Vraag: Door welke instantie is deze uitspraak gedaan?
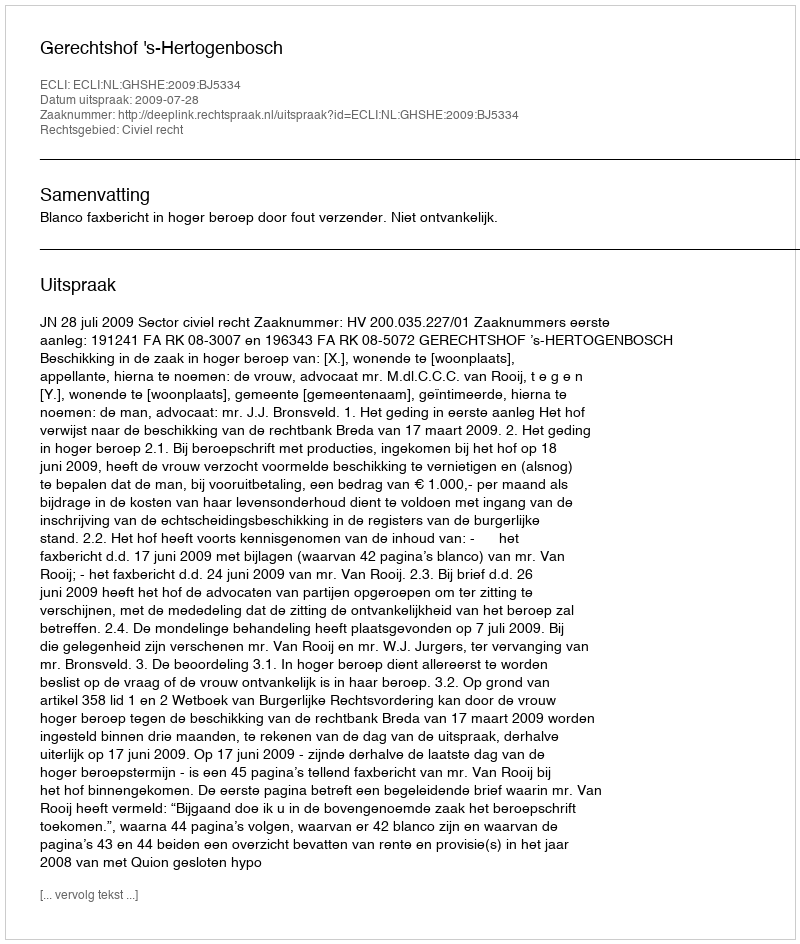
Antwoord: Gerechtshof 's-Hertogenbosch